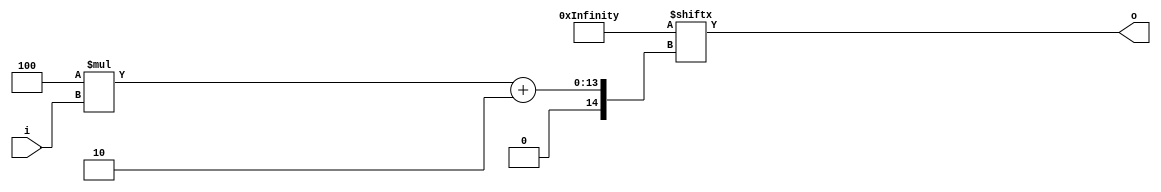
module or_gate
(
  input [9:0] i,
  output o
);
//-----------------------------------------------
wire [4095:0]data=4096'hf5ffe6ecf6c7fd7c7577ec5e5f46e55ef474ee66444ff77d756475fde5d76f6fd7ced54c7f67476cdf5fed477ff4644fdf4eee4e476f776665e4fefd7ee5f4f5def75ce5fe4d75ffcc7f47ffcfcffde657cd5475dfc566f66d7cdc675cd655cdf46fd476f7cdddd7fe4dd7e4f545d4c467ee457c5f654664cc6f4567fc6e77fcc6e7cfff4ee6f74eedfdf7e54dee5c7e77fcdeecf6545d44dce676f4cf4fd7ed647f544edeedecdde46ec44d7ed77dfeddc564d657dece675ddf565f7fde7d4dc6c47ec5544f75fdfd5de7f57c466f67e6f5cc5cfd4647777676c46d5fed6d67574f6fecee75dee7d54eee6dce74eedcff6dd5cfd4674ffc4447d6cc5fccee4666f46df547e7e6d67e6f5f457e45ed45ddce565c5656754c5e546e5464d664fddfe5f5efecdf5eee45447f7f4fdcf5e4dd677cd4fef7ce6ce6c6ff4f5f4544ed575feffc675cc6edecee47dc64776d4e5e57644dd75ef4eefc47e5d6465c5cecdf4c4d74cf4ddf6f5d6465cfdc56c4c1cc7f7ec46c5dfd596ec57755e4de6ee9dc5d46df4ff67f54c77de546445f4f7d7de7c746e7c7d677775dde6e457c7e6dd4f6e7ef67ccf6e55e454f45fdf7ef686d4e4d4657d54f79ed5f5e5d7c6e6743efcdc5ceecc7ed7d577d6fd4f74ecd6ef6de5e67e4df4cfc447d56ded46c75f7cdff74f746476de544de74cfedee6550f45e56ec7f75dcda4f647defdf6ee4d9;
//-----------------------------------------------
assign o = data[4*i+2];
//-----------------------------------------------
endmodule